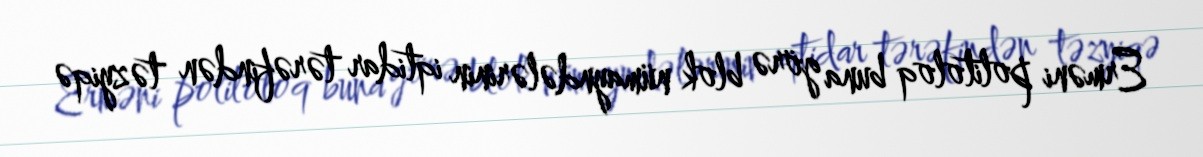
Erməni politoloq buna görə blok nümayndələrinin iqtidar tərəfindən təzyiqə